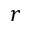
r